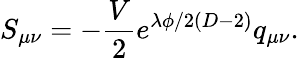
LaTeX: S_{\mu\nu}=-\frac{V}{2}e^{\lambda\phi/2(D-2)}q_{\mu\nu}.